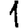
Digit: 1